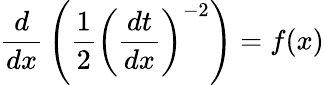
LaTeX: {\frac{d}{dx}}\left({\frac{1}{2}}\left({\frac{dt}{dx}}\right)^{-2}\right)=f(x)